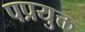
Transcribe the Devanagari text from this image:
पप्रयुक्त